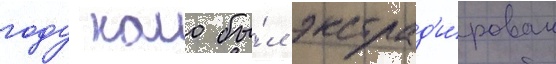
году камо бы́л экстрад'и́рован